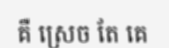
គឺ ស្រេច តែ គេ